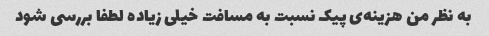
به نظر من هزینه‌ی پیک نسبت به مسافت خیلی زیاده لطفا بررسی شود